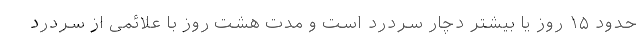
حدود ۱۵ روز یا بیشتر دچار سردرد است و مدت هشت روز با علائمی از سردرد